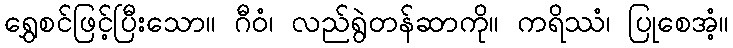
ရွှေစင်ဖြင့်ပြီးသော။ ဂီဝံ၊ လည်ရွဲတန်ဆာကို။ ကရိဿံ၊ ပြုစေအံ့။